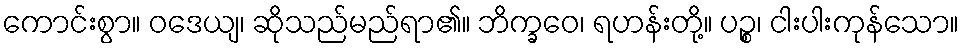
ကောင်းစွာ။ ဝဒေယျ၊ ဆိုသည်မည်ရာ၏။ ဘိက္ခဝေ၊ ရဟန်းတို့။ ပဉ္စ၊ ငါးပါးကုန်သော။